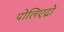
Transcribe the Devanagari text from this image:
पोलिएद्रो